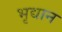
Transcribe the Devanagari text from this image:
भृद्यान